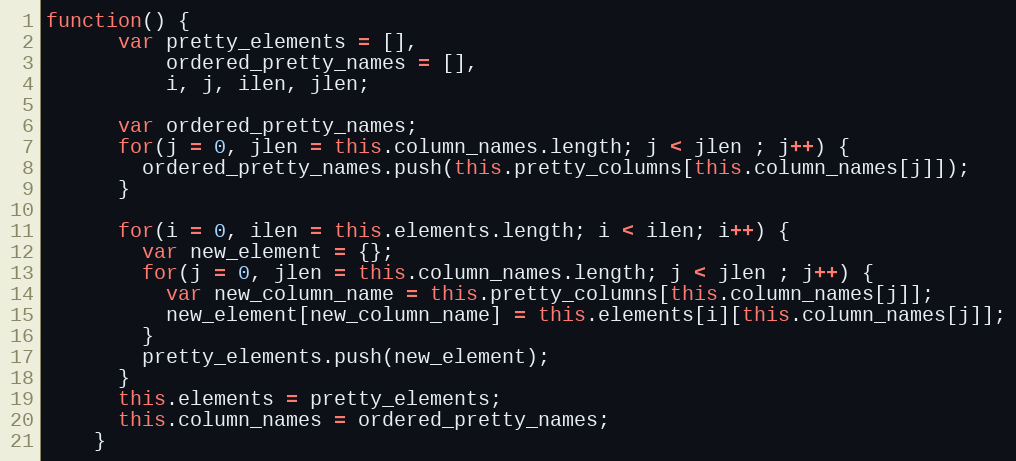
Language: JavaScript
function() {
      var pretty_elements = [],
          ordered_pretty_names = [],
          i, j, ilen, jlen;

      var ordered_pretty_names;
      for(j = 0, jlen = this.column_names.length; j < jlen ; j++) {
        ordered_pretty_names.push(this.pretty_columns[this.column_names[j]]);
      }

      for(i = 0, ilen = this.elements.length; i < ilen; i++) {
        var new_element = {};
        for(j = 0, jlen = this.column_names.length; j < jlen ; j++) {
          var new_column_name = this.pretty_columns[this.column_names[j]];
          new_element[new_column_name] = this.elements[i][this.column_names[j]];
        }
        pretty_elements.push(new_element);
      }
      this.elements = pretty_elements;
      this.column_names = ordered_pretty_names;
    }